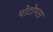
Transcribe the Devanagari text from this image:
पोटोमस